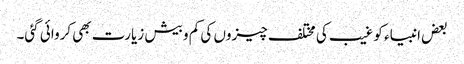
بعض انبیاء کو غیب کی مختلف چیزوں کی کم و بیش زیارت بھی کروائی گئی۔